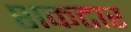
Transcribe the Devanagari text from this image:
शकटार